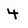
Character: 4